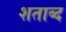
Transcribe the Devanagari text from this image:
शताब्द